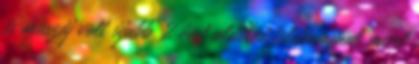
és muszáj volt újabb 2 évet aláírni telekommal mivel